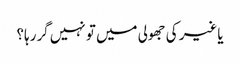
یاغیر کی جھولی میں تو نہیں گررہا؟